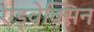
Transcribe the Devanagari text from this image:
एड्वेक्सिन